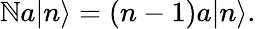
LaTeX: \mathbb{N}a|n\rangle=(n-1)a|n\rangle.